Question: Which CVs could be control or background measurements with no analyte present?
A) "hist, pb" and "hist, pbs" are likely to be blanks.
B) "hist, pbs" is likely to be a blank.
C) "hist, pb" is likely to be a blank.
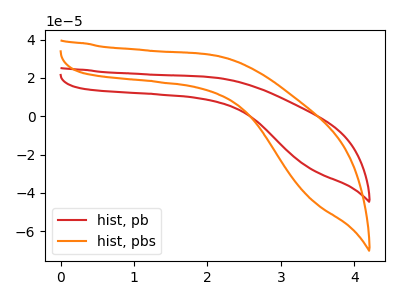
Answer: <think>The red curve "hist, pb" has no peaks. The orange curve "hist, pbs" has no peaks.</think>
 <answer>A) "hist, pb" and "hist, pbs" are likely to be blanks.</answer>
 <eval>A</eval>